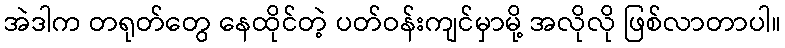
အဲဒါက တရုတ်တွေ နေထိုင်တဲ့ ပတ်ဝန်းကျင်မှာမို့ အလိုလို ဖြစ်လာတာပါ။